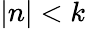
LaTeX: |n|<k